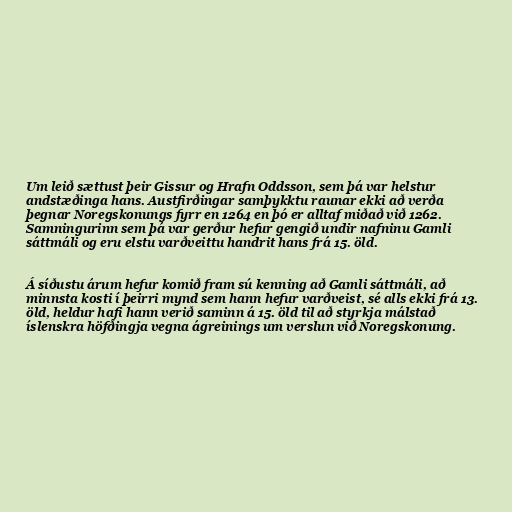
Um leið sættust þeir Gissur og Hrafn Oddsson, sem þá var helstur
andstæðinga hans. Austfirðingar samþykktu raunar ekki að verða
þegnar Noregskonungs fyrr en 1264 en þó er alltaf miðað við 1262.
Samningurinn sem þá var gerður hefur gengið undir nafninu Gamli
sáttmáli og eru elstu varðveittu handrit hans frá 15. öld.

Á síðustu árum hefur komið fram sú kenning að Gamli sáttmáli, að
minnsta kosti í þeirri mynd sem hann hefur varðveist, sé alls ekki frá 13.
öld, heldur hafi hann verið saminn á 15. öld til að styrkja málstað
íslenskra höfðingja vegna ágreinings um verslun við Noregskonung.